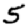
Digit: 5